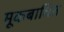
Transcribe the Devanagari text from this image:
मूकबाधित